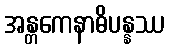
အန္တကေနာဓိပန္နဿ